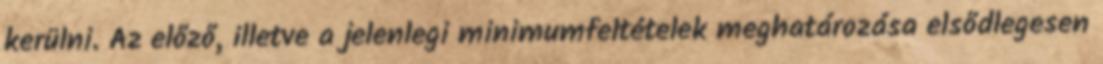
kerülni. Az előző, illetve a jelenlegi minimumfeltételek meghatározása elsődlegesen